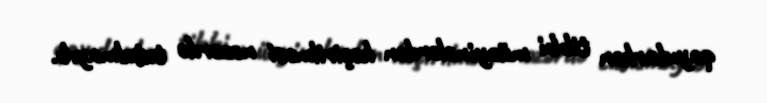
qayıdarkən tibbi müayinələrdən keçirilməsi nəzərdə tutulmayıb.